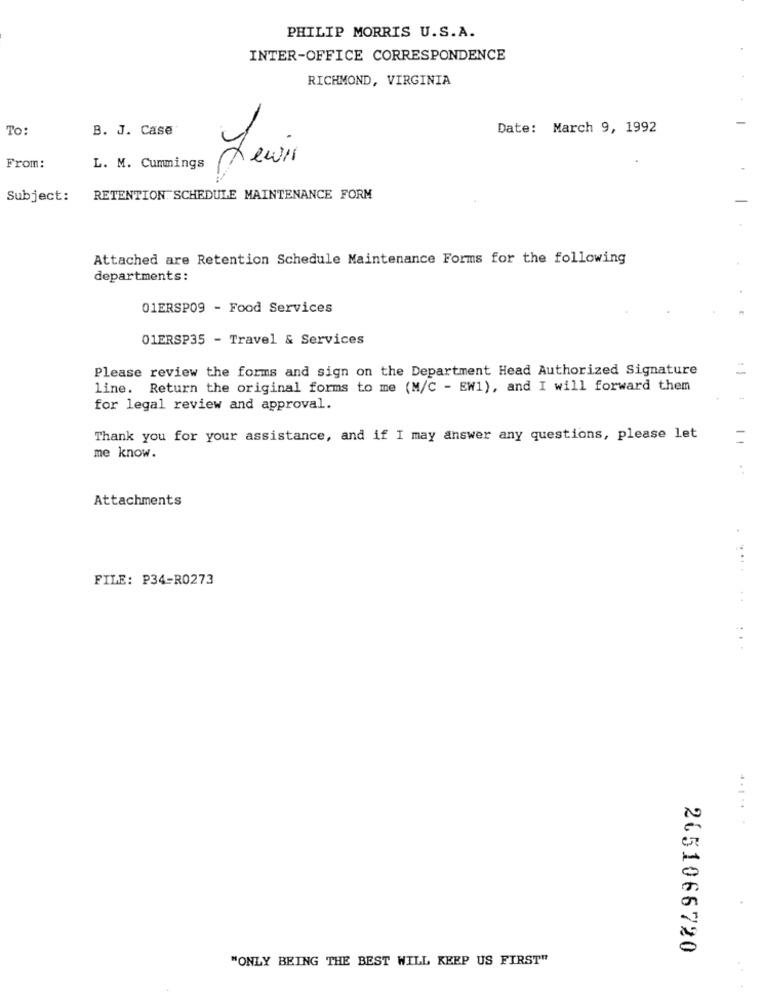
PHILIP MORRIS U.S.A.
INTER-OFFICE CORRESPONDENCE
RICHMOND, VIRGINIA
To:
B. J. Case
Date: March 9, 1992
Lewis
From:
L. M. Cummings
Subject:
RETENTION. SCHEDULE MAINTENANCE FORM
Attached are Retention Schedule Maintenance Forms for the following
departments:
01ERSP09 - Food Services
01ERSP35 - Travel & Services
Please review the forms and sign on the Department Head Authorized Signature
line. Return the original forms to me (M/C - EW1), and I will forward them
for legal review and approval.
Thank you for your assistance, and if I may answer any questions, please let
-
me know.
Attachments
FILE: P34-R0273
.......
2651066720
"ONLY BEING THE BEST WILL KEEP US FIRST"